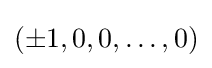
(\pm 1,0,0,\dots ,0)